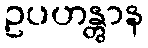
ဥပဟန္တွာန